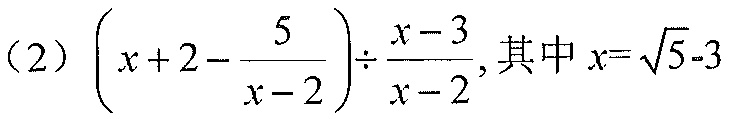
(2) \(\left(x + 2-\frac{5}{x - 2}\right)\div\frac{x - 3}{x - 2}\), 其中 \(x = \sqrt{5}-3\)